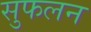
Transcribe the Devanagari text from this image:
सुफलन